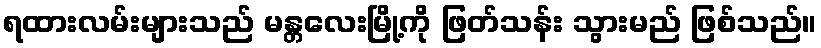
ရထားလမ်းများသည် မန္တလေးမြို့ကို ဖြတ်သန်း သွားမည် ဖြစ်သည်။